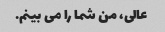
عالی، من شما را می بینم.